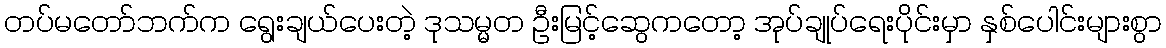
တပ်မတော်ဘက်က ရွေးချယ်ပေးတဲ့ ဒုသမ္မတ ဦးမြင့်ဆွေကတော့ အုပ်ချုပ်ရေးပိုင်းမှာ နှစ်ပေါင်းများစွာ